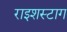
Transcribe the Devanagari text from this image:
राइशस्टाग